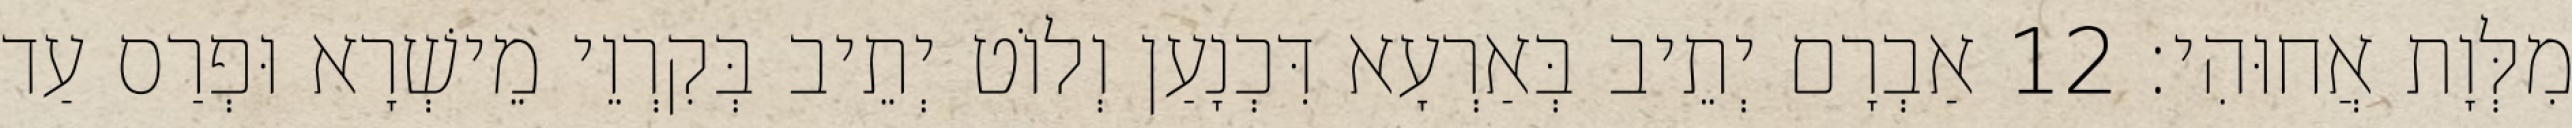
מִלְּוָת אֲחוּהִי׃ 12 אַבְרָם יְתֵיב בְּאַרְעָא דִּכְנָעַן וְלוֹט יְתֵיב בְּקִרְוֵי מֵישְׁרָא וּפְרַס עַד